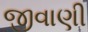
જીવાણી